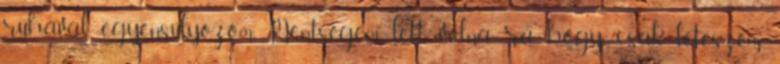
ruhával egyensúlyozom. Mentségem lett volna rá, hogy csak leteszem